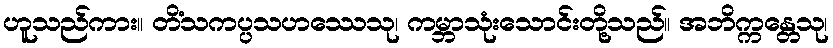
ဟူသည်ကား။ တိံသကပ္ပသဟဿေသု၊ ကမ္ဘာသုံးသောင်းတို့သည်။ အဘိက္ကန္တေသု၊